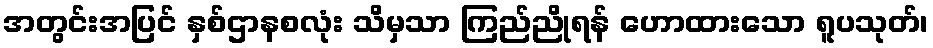
အတွင်းအပြင် နှစ်ဌာနစလုံး သိမှသာ ကြည်ညိုရန် ဟောထားသော ရူပသုတ်၊